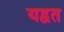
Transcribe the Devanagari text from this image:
यद्वत